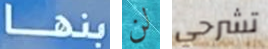
بنها لن تشرحي